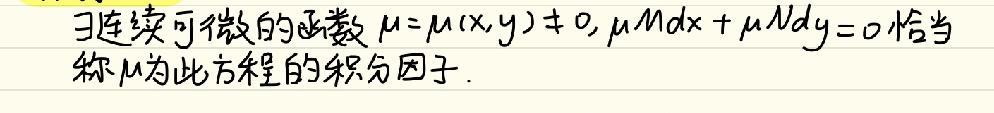
$\exists$连续可微的函数$\mu = \mu(x,y)\neq0$，$\mu Mdx+\mu Ndy = 0$恰当，称$\mu$为此方程的积分因子.